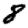
Digit: 8